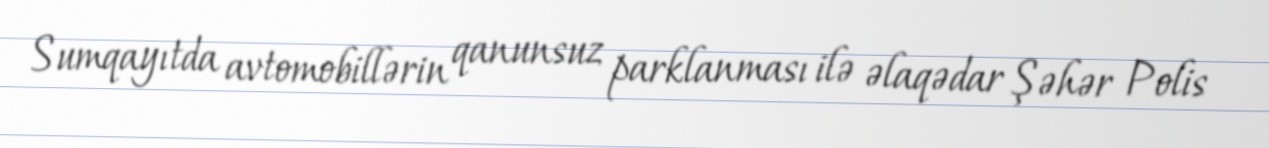
Sumqayıtda avtomobillərin qanunsuz parklanması ilə əlaqədar Şəhər Polis